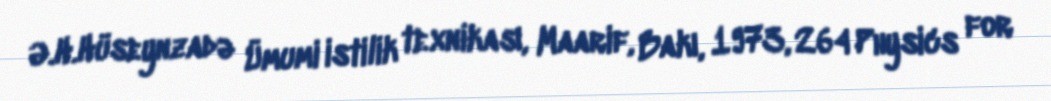
Ə.H.Hüseynzadə Ümumi istilik texnikası, Maarif, Bakı, 1973, 264 Physics for